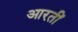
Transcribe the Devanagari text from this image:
आरतीं